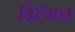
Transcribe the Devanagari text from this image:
विटेमन